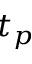
t _ { p }